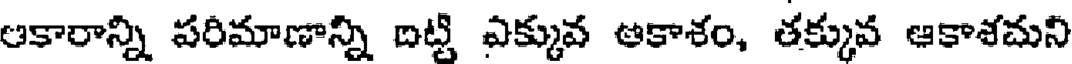
ఆకారాన్ని పరిమాణాన్ని దిట్టి ఎక్కువ ఆకాశం, తక్కువ ఆకాశమని